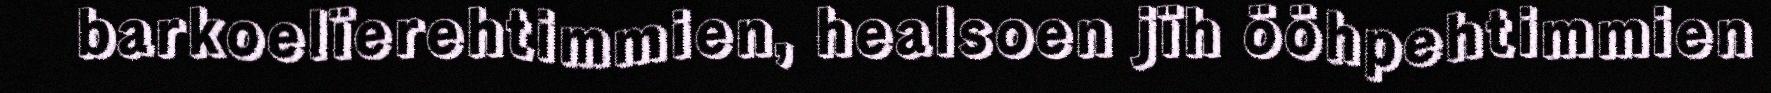
barkoelïerehtimmien, healsoen jïh ööhpehtimmien